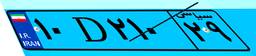
۷۵D۹۵۳۶۹